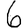
Digit: 6